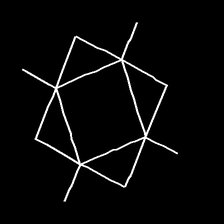
Glyph: light